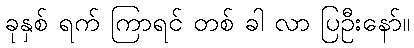
ခုနှစ် ရက် ကြာရင် တစ် ခါ လာ ပြဦးနော်။